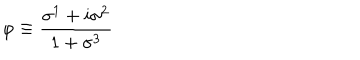
\varphi \equiv \frac { \sigma ^ { 1 } + i \sigma ^ { 2 } } { 1 + \sigma ^ { 3 } }